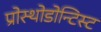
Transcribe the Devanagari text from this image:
प्रोस्थोडोन्टिस्ट